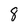
Character: 8